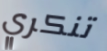
تنكري